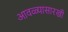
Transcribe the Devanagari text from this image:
आवळ्यासारखी